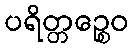
ပရိတ္တဉ္စေဝ